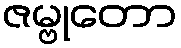
ဇမ္ဗုတော